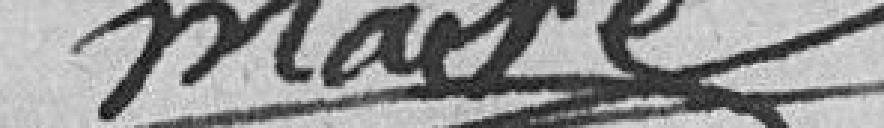
maire